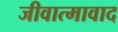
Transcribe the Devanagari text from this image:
जीवात्मावाद